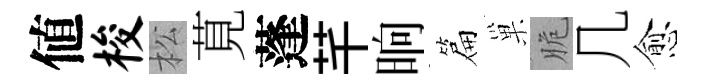
値梭松莧蓬芊晌篇巢脆几愈